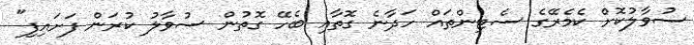
ސުވާލުކޮށް ކެމެރޭގެ ސެޓިންތައް ހަދާނެ ގޮތާއި ބެހޭ ގޮތުން ސުވާލު ކުރަން ފަށައިފި"